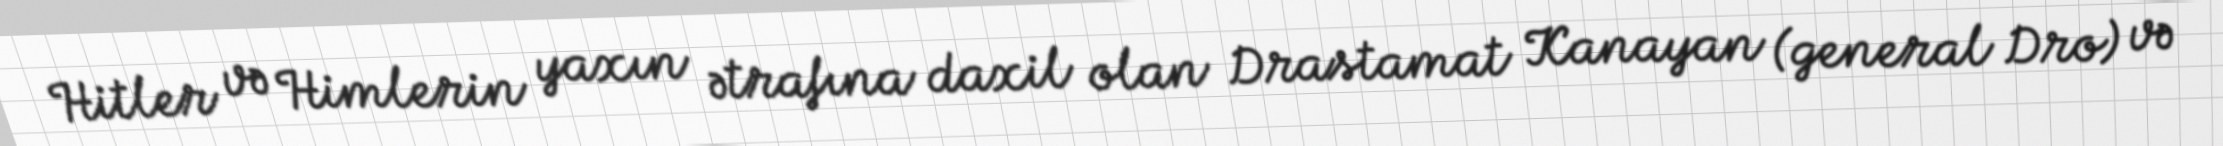
Hitler və Himlerin yaxın ətrafına daxil olan Drastamat Kanayan (general Dro) və